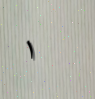
١